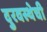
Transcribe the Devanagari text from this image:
दुरवस्थेची